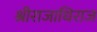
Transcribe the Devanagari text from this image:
श्रीराजाधिराज